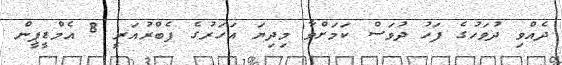
ދެއްވި ދުވަހުގެ ފަހު ދުވަސް ކަމަށްވާ މިދިޔަ އަހަރުގެ ފެބްރުއަރީ 8 އެމްޑީޕީން